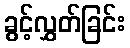
ခွင့်လွှတ်ခြင်း